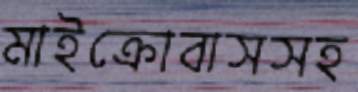
মাইক্রোবাসসহ